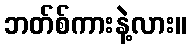
ဘတ်စ်ကားနဲ့လား။